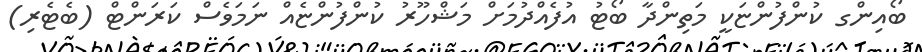
ބޯއިންގ ކުންފުންޏަކީ މަތިންދާ ބޯޓު އުފެއްދުމަށް މަޝްހޫރު ކުންފުންޏެއް ނަމަވެސް ކަރަންޓް (ބެޓެރި)